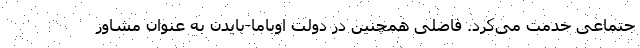
جتماعی خدمت می‌کرد. فاضلی همچنین در دولت اوباما-بایدن به عنوان مشاور